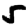
Digit: 5